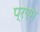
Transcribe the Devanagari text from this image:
प्रएम